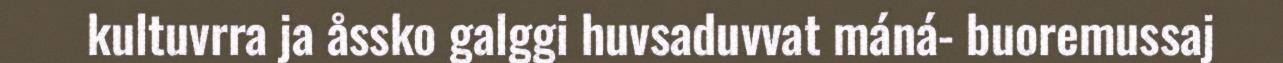
kultuvrra ja åssko galggi huvsaduvvat máná- buoremussaj